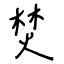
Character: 焚